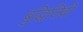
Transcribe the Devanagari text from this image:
बुद्धिजिवी